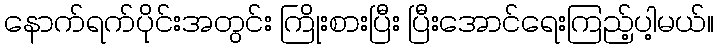
နောက်ရက်ပိုင်းအတွင်း ကြိုးစားပြီး ပြီးအောင်ရေးကြည့်ပါ့မယ်။